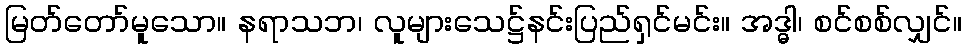
မြတ်တော်မူသော။ နရာသဘ၊ လူများသေဋ္ဌ်နင်းပြည်ရှင်မင်း။ အဒ္ဓါ၊ စင်စစ်လျှင်။